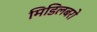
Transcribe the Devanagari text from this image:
मिडिलबरो